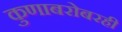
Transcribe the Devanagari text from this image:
कुणाबरोबरही